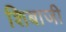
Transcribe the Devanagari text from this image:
शिबाजी